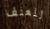
للعنف